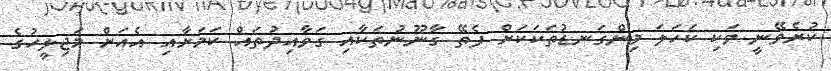
ކުރެވޭނީ ވަކި ކަހަލަ މިންގަނޑުތަކަކަށް ފެތޭ ގާނޫނުތަކާއި ގަވާއިދުތައް ކަމަށާއި އެއަށް މަޖިލީހުގެ